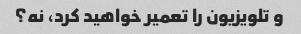
و تلویزیون را تعمیر خواهید کرد، نه؟